Scottish Leaving Certificate Examination, 1959
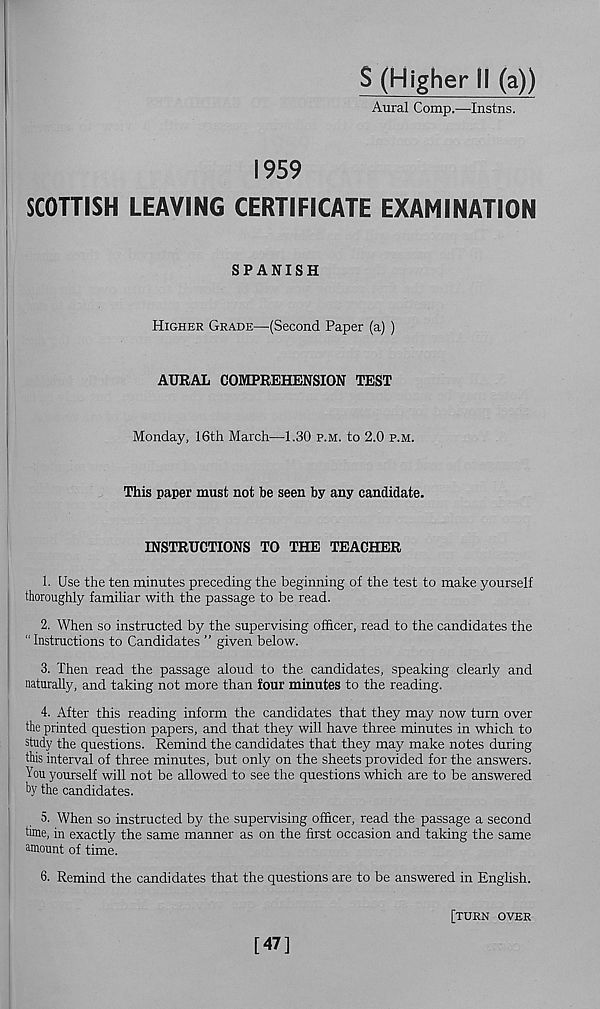
S (Higher II (a))
Aural Comp.—Instns.
1959
SCOTTISH LEAVING CERTIFICATE EXAMINATION
SPANISH
Higher Grade—(Second Paper (a) )
AURAL COMPREHENSION TEST
Monday, 16th March—1.30 p.m. to 2.0 p.m.
This paper must not be seen by any candidate.
INSTRUCTIONS TO THE TEACHER
1. Use the ten minutes preceding the beginning of the test to make yourself
thoroughly familiar with the passage to be read.
2. When so instructed by the supervising officer, read to the candidates the
“ Instructions to Candidates ” given below.
3. Then read the passage aloud to the candidates, speaking clearly and
naturally, and taking not more than four minutes to the reading.
4. After this reading inform the candidates that they may now turn over
the printed question papers, and that they will have three minutes in which to
study the questions. Remind the candidates that they may make notes during
this interval of three minutes, but only on the sheets provided for the answers.
You yourself will not be allowed to see the questions which are to be answered
by the candidates.
5. When so instructed by the supervising officer, read the passage a second
time, in exactly the same manner as on the first occasion and taking the same
amount of time.
6. Remind the candidates that the questions are to be answered in English.
[47]
[turn over